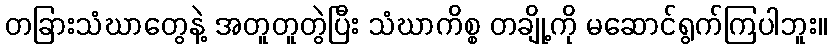
တခြားသံဃာတွေနဲ့ အတူတူတွဲပြီး သံဃာကိစ္စ တချို့ကို မဆောင်ရွက်ကြပါဘူး။